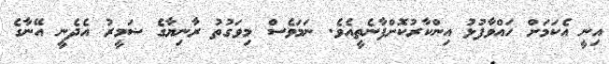
އިނީ އެކަމަށް ހައްވާފުޅު އިންކާރުކޮށްފާނެތީއެވެ. ނަމަވެސް މިވަގުތު ރާނިޔާގެ ޟަމީރު އެދެނީ އޭނާގެ